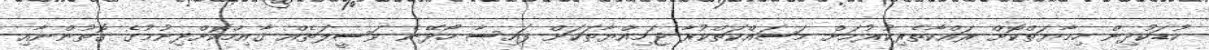
ކުޑަކުދިން ހިމާޔަތްކޮށް ރައްކާތެރިކުރުމަށް މަސައްކަތްކުރާ ޖަމިއްޔާތަކަށް ފައިސާ ހޯދޭނެ ވަސީލަތެއް ޤާއިމްކޮށްދިނުމުގެ ގޮތުންނާއި